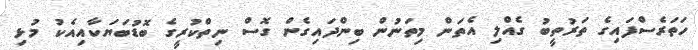
ހަތަރެސްފައިގެ ތަރުތީބު ގެއްލި އެތަން މިތަނުން ބިންދައިގެން ގޮސް ނިތްކުރީގެ ބޮޑުބަޔަކާއިއެކު މުޅި